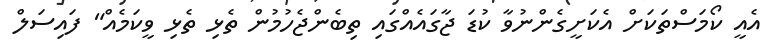
އެއީ ކޯމަސްތަކަށް އެކަށީގެންނުވާ ކުޑަ ޖާގައެއްގައި ތިބެންޖެހުމުން ތެޅި ތެޅި ވީކަމެއް" ފައިސަލް